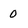
Character: O